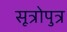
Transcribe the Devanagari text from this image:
सूत्रोपुत्र